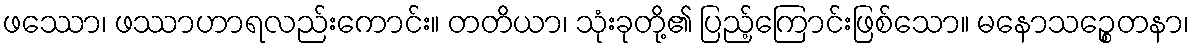
ဖဿော၊ ဖဿာဟာရလည်းကောင်း။ တတိယာ၊ သုံးခုတို့၏ ပြည့်ကြောင်းဖြစ်သော။ မနောသဉ္စေတနာ၊